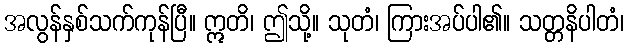
အလွန်နှစ်သက်ကုန်ပြီ။ ဣတိ၊ ဤသို့။ သုတံ၊ ကြားအပ်ပါ၏။ သတ္တနိပါတံ၊